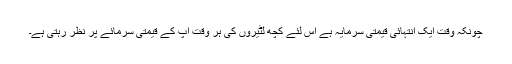
چونکہ وقت ایک انتہائی قیمتی سرمایہ ہے اس لئے کچھ لٹیروں کی ہر وقت آپ کے قیمتی سرمائے پر نظر رہتی ہے۔